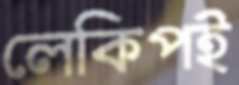
লেকিপই